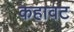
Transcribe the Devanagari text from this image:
कहावट